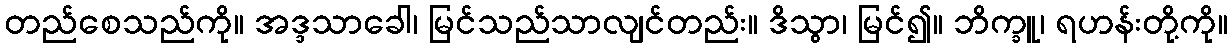
တည်စေသည်ကို။ အဒ္ဒသာခေါ၊ မြင်သည်သာလျင်တည်း။ ဒိသွာ၊ မြင်၍။ ဘိက္ခူ၊ ရဟန်းတို့ကို။